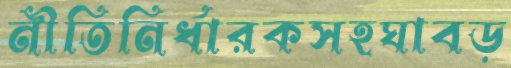
নীতিনির্ধারকসহঘাবড়